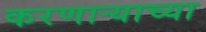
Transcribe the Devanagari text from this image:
करणार्‍याच्या